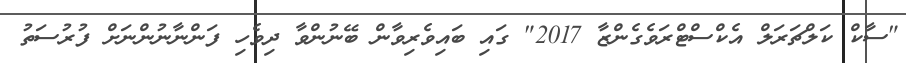
"ސާކް ކަލްޗަރަލް އެކްސްޓްރަވެގެންޒާ 2017" ގައި ބައިވެރިވާން ބޭނުންވާ ދިވެހި ފަންނާނުންނަށް ފުރުސަތު